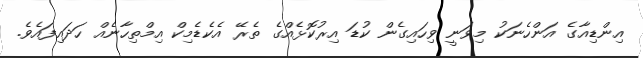
އިންޑިއާގެ އަންހެނަކު މިވަނީ ވިހައިގެން ކުޑަ އިރުކޮޅެއްގެ ތެރޭ އެކެޑެމިކް އިމްތިހާނެއް ހަދައިފައެވެ.